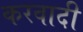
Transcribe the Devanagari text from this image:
करवादी